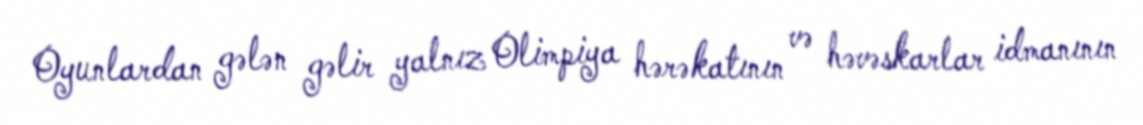
Oyunlardan gələn gəlir yalnız Olimpiya hərəkatının və həvəskarlar idmanının